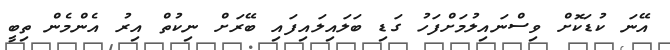
އޭނަ ކުޑަކޮށް ވިސްނައިލުމަށްފަހު ގަޑި ބަލައިލައިފައި ބޭރަށް ނިކުތް އިރު އެންމެން ތިބީ